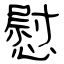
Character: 慰